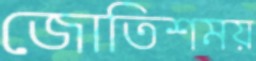
জোতিশময়